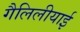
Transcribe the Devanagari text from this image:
गैलिलीयाई